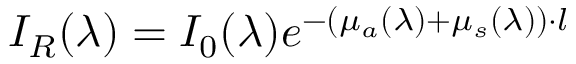
I _ { R } ( \lambda ) = I _ { 0 } ( \lambda ) e ^ { - ( \mu _ { a } ( \lambda ) + \mu _ { s } ( \lambda ) ) \cdot l }